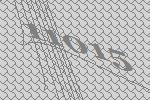
11015